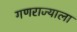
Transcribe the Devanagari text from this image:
गणराज्याला